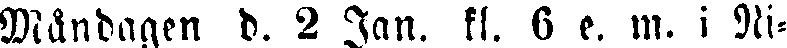
Måndagen d. 2 Jan. kl. 6 e. m. i Ni-